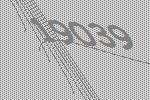
19039